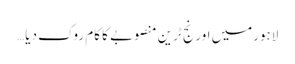
لاہورمیں اورنج ٹرین منصوبے کا کام روک دیا…